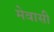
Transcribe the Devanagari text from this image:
मेवासी